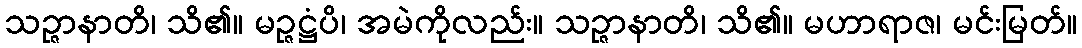
သဉ္ဇာနာတိ၊ သိ၏။ မဉ္ဇဋ္ဌံပိ၊ အမဲကိုလည်း။ သဉ္ဇာနာတိ၊ သိ၏။ မဟာရာဇ၊ မင်းမြတ်။